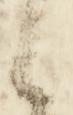
候